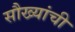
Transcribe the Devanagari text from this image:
सौख्यांची